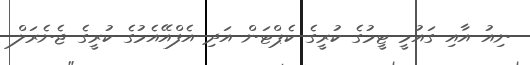
ނިއު އާއި ގައުމީ ޓީމުގެ ކުރީގެ ކެޕްޓަން އަދި އެފްއޭއެމުގެ ކުރީގެ ޖެނެރަލް